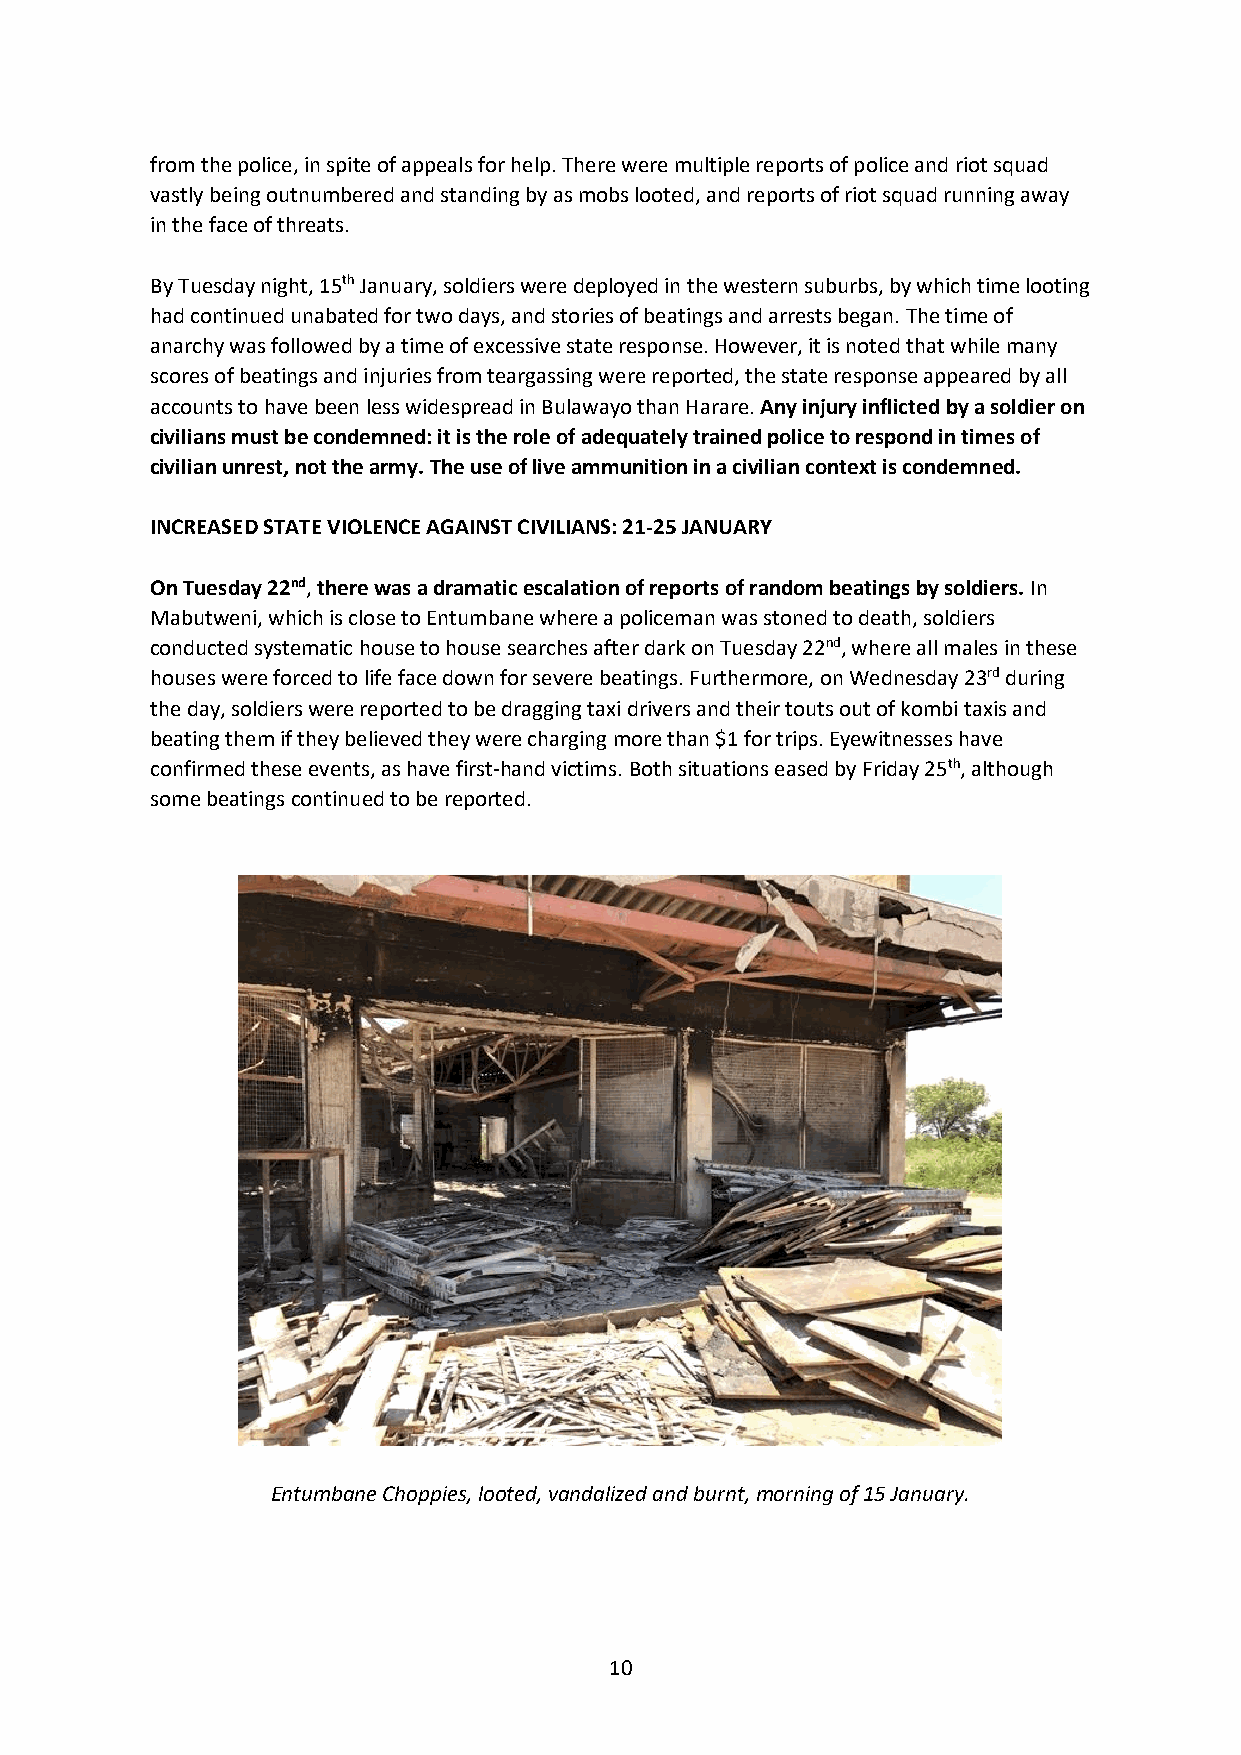
from the police, in spite of appeals for help. There were multiple reports of police and riot squad
 vastly being outnumbered and standing by as mobs looted, and reports of riot squad running away
 in the face of threats.
 By Tuesday night, 15th January, soldiers were deployed in the western suburbs, by which time looting
 had continued unabated for two days, and stories of beatings and arrests began. The time of
 anarchy was followed by a time of excessive state response. However, it is noted that while many
 scores of beatings and injuries from teargassing were reported, the state response appeared by all
 accounts to have been less widespread in Bulawayo than Harare. Any injury inflicted by a soldier on
 civilians must be condemned: it is the role of adequately trained police to respond in times of
 civilian unrest, not the army. The use of live ammunition in a civilian context is condemned.
 INCREASED STATE VIOLENCE AGAINST CIVILIANS: 21-25 JANUARY
 On Tuesday 22nd, there was a dramatic escalation of reports of random beatings by soldiers. In
 Mabutweni, which is close to Entumbane where a policeman was stoned to death, soldiers
 conducted systematic house to house searches after dark on Tuesday 22nd, where all males in these
 houses were forced to life face down for severe beatings. Furthermore, on Wednesday 23rd during
 the day, soldiers were reported to be dragging taxi drivers and their touts out of kombi taxis and
 beating them if they believed they were charging more than $1 for trips. Eyewitnesses have
 confirmed these events, as have first-hand victims. Both situations eased by Friday 25th, although
 some beatings continued to be reported.
 Entumbane Choppies, looted, vandalized and burnt, morning of 15 January.
 10